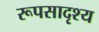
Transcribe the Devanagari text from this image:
रूपसादृश्य